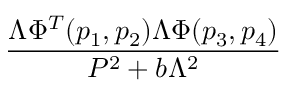
\frac { \Lambda \Phi ^ { T } ( p _ { 1 } , p _ { 2 } ) \Lambda \Phi ( p _ { 3 } , p _ { 4 } ) } { P ^ { 2 } + b \Lambda ^ { 2 } }